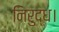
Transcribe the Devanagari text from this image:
निरुद्ध।